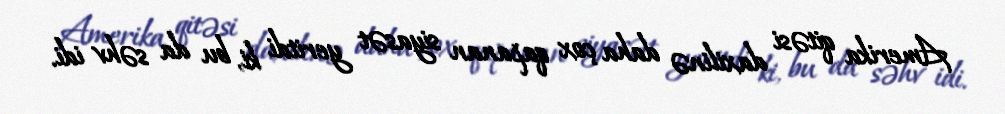
Amerika qitəsi daxilinə daha çox qapanan siyasət yeritdi ki, bu da səhv idi.